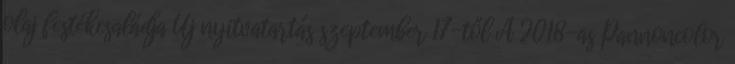
olaj festékcsaládja Új nyitvatartás szeptember 17-től A 2018-as Pannoncolor